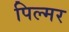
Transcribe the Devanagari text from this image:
पिल्मर